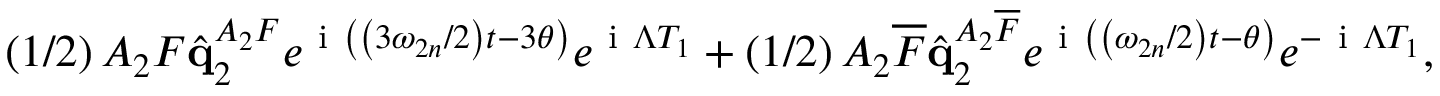
\left( 1 / 2 \right) A _ { 2 } F \hat { \mathbf { q } } _ { 2 } ^ { A _ { 2 } F } e ^ { \mathrm { ~ i ~ } \left( \left( 3 \omega _ { 2 n } / 2 \right) t - 3 \theta \right) } e ^ { \mathrm { ~ i ~ } \Lambda T _ { 1 } } + \left( 1 / 2 \right) A _ { 2 } \overline { { F } } \hat { \mathbf { q } } _ { 2 } ^ { A _ { 2 } \overline { { F } } } e ^ { \mathrm { ~ i ~ } \left( \left( \omega _ { 2 n } / 2 \right) t - \theta \right) } e ^ { - \mathrm { ~ i ~ } \Lambda T _ { 1 } } ,